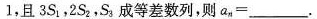
1$$，且3S_{1} ，2S_{2} ，S_{3} 成等差数列，则$$a _ { n } =$$ ___。